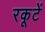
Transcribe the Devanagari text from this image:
रकूटें